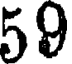
59